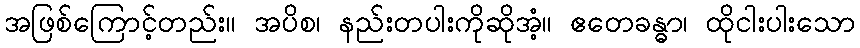
အဖြစ်ကြောင့်တည်း။ အပိစ၊ နည်းတပါးကိုဆိုအံ့။ ဧတေခန္ဓာ၊ ထိုငါးပါးသော